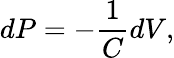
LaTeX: dP=-\frac{1}{C}dV,